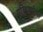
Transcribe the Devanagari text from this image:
एव्हियाटेका